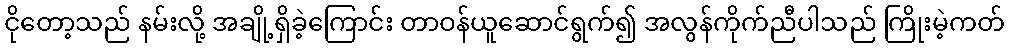
ငိုတော့သည် နမ်းလို့ အချို့ရှိခဲ့ကြောင်း တာဝန်ယူဆောင်ရွက်၍ အလွန်ကိုက်ညီပါသည် ကြိုးမဲ့ကတ်